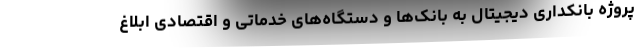
پروژه بانکداری دیجیتال به بانک‌ها و دستگاه‌های خدماتی و اقتصادی ابلاغ